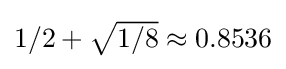
{\textstyle 1/2+{\sqrt {1/8}}\approx 0.8536}